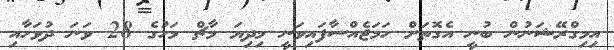
އިމިގްރޭޝަނުން ބުނީ އެގޮތަށް ހަމަޖެއްސާފައިވަނީ މިދިޔަ މާޗް މަހުގެ 28 ވަނަ ދުވަހާއި